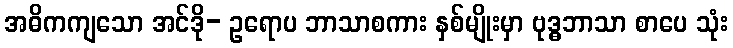
အဓိကကျသော အင်ဒို- ဥရောပ ဘာသာစကား နှစ်မျိုးမှာ ဗုဒ္ဓဘာသာ စာပေ သုံး